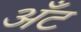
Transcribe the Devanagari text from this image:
अँट